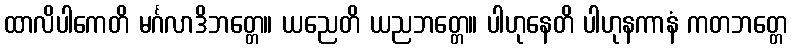
ထာလိပါကေတိ မင်္ဂလာဒိဘတ္တေ။ ယညေတိ ယညဘတ္တေ။ ပါဟုနေတိ ပါဟုနကာနံ ကတဘတ္တေ